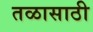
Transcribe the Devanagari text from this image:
तळासाठी